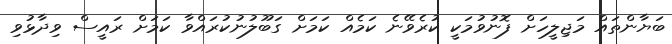
ބަޔާންތައް މަޖިލީހަށް ފޮނުވުމަކީ ކުރެވޭނެ ކަމެއް ކަމަށް ގަބޫލުނުކުރައްވާ ކަމަށް ރައީސް ވިދާޅުވި